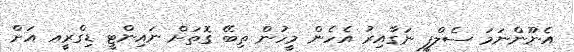
އެނޫންނަމަ ސެލްފީ ނަގާއިރު އެހެން މީހުން ތިބޭ ގޮތަށް ނައިންޓީ ޑިގްރީއ އަށް